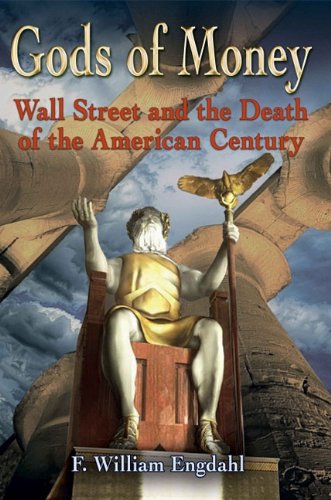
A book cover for Gods of Money: Wall Street and the Death of the American Century; F. William Engdahl; Business & Money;